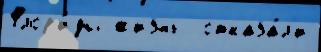
Флор'и́ды жизнь  отказа́л'и